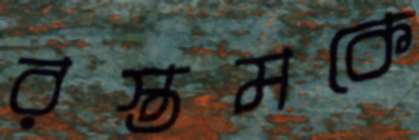
রস্তমকে